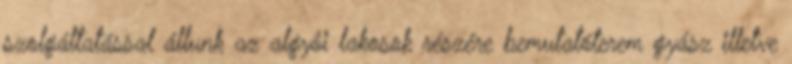
szolgáltatással állunk az algyôi lakosok részére bemutatóterem gyász illetve